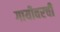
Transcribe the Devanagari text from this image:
गायीवरची